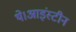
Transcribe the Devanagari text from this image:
थे।आइंस्टीन